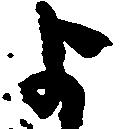
よ